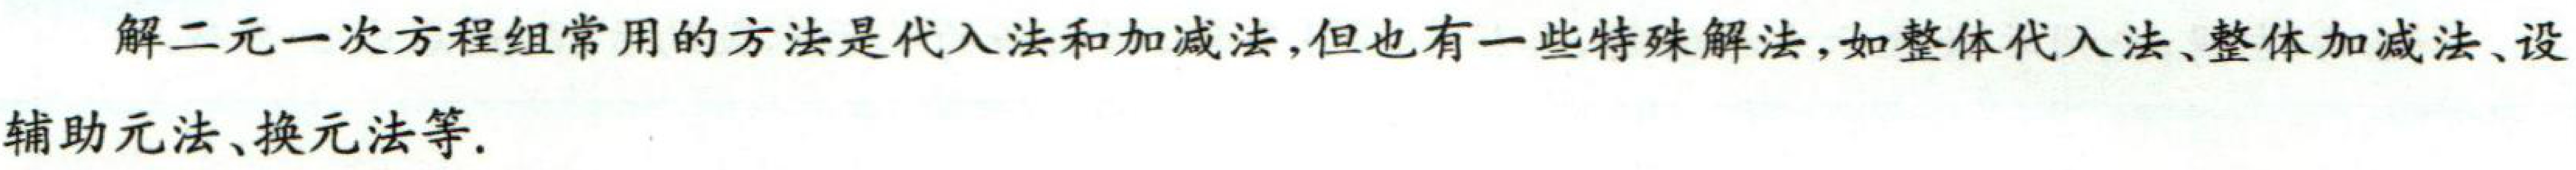
解二元一次方程组常用的方法是代入法和加减法,但也有一些特殊解法,如整体代入法、整体加减法、设
辅助元法、换元法等.